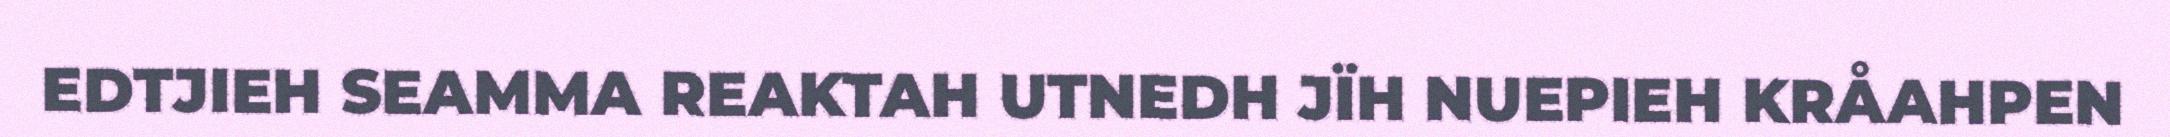
EDTJIEH SEAMMA REAKTAH UTNEDH JÏH NUEPIEH KRÅAHPEN